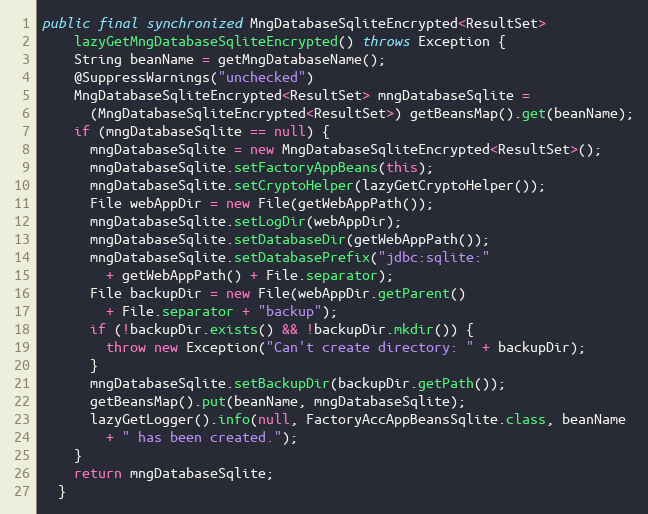
Language: Java
public final synchronized MngDatabaseSqliteEncrypted<ResultSet>
    lazyGetMngDatabaseSqliteEncrypted() throws Exception {
    String beanName = getMngDatabaseName();
    @SuppressWarnings("unchecked")
    MngDatabaseSqliteEncrypted<ResultSet> mngDatabaseSqlite =
      (MngDatabaseSqliteEncrypted<ResultSet>) getBeansMap().get(beanName);
    if (mngDatabaseSqlite == null) {
      mngDatabaseSqlite = new MngDatabaseSqliteEncrypted<ResultSet>();
      mngDatabaseSqlite.setFactoryAppBeans(this);
      mngDatabaseSqlite.setCryptoHelper(lazyGetCryptoHelper());
      File webAppDir = new File(getWebAppPath());
      mngDatabaseSqlite.setLogDir(webAppDir);
      mngDatabaseSqlite.setDatabaseDir(getWebAppPath());
      mngDatabaseSqlite.setDatabasePrefix("jdbc:sqlite:"
        + getWebAppPath() + File.separator);
      File backupDir = new File(webAppDir.getParent()
        + File.separator + "backup");
      if (!backupDir.exists() && !backupDir.mkdir()) {
        throw new Exception("Can't create directory: " + backupDir);
      }
      mngDatabaseSqlite.setBackupDir(backupDir.getPath());
      getBeansMap().put(beanName, mngDatabaseSqlite);
      lazyGetLogger().info(null, FactoryAccAppBeansSqlite.class, beanName
        + " has been created.");
    }
    return mngDatabaseSqlite;
  }